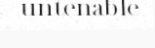
untenable